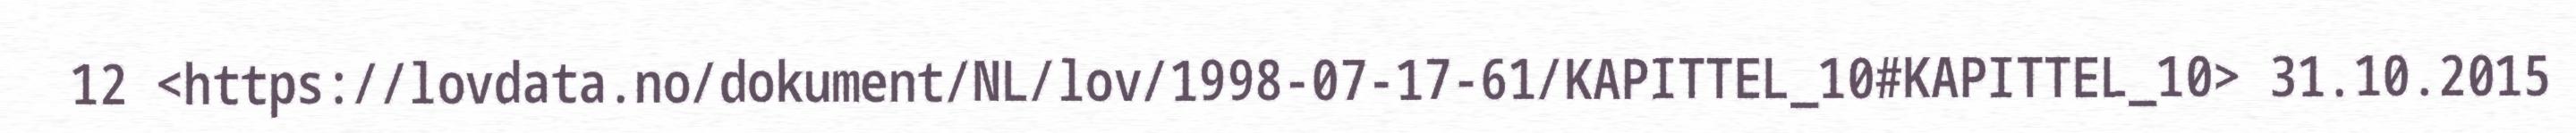
12 <https://lovdata.no/dokument/NL/lov/1998-07-17-61/KAPITTEL_10#KAPITTEL_10> 31.10.2015